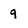
Character: 9